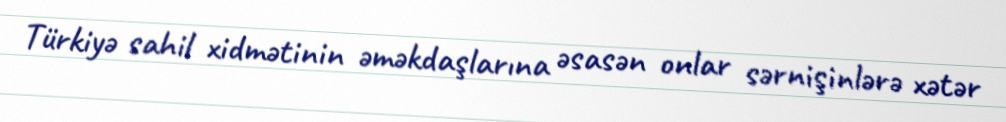
Türkiyə sahil xidmətinin əməkdaşlarına əsasən onlar sərnişinlərə xətər